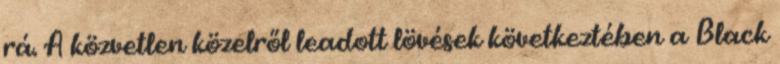
rá. A közvetlen közelről leadott lövések következtében a Black